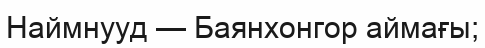
Наймнууд — Баянхонгор аймағы;